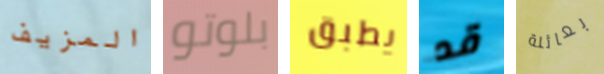
المزيف بلوتو يطبق قد بعائلة